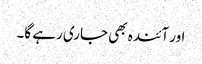
اور آئندہ بھی جاری رہے گا۔